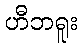
ဟီဘရူး